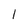
Character: l